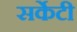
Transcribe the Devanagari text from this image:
सर्केटी